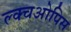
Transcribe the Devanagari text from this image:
ल्क्चओपिस